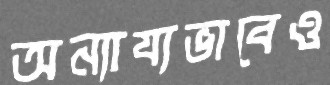
অন্যায্যভাবেও